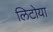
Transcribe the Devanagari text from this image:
लिटोया